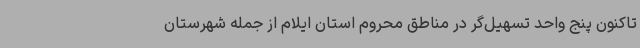
تاکنون پنج واحد تسهیل‌گر در مناطق محروم استان ایلام از جمله شهرستان